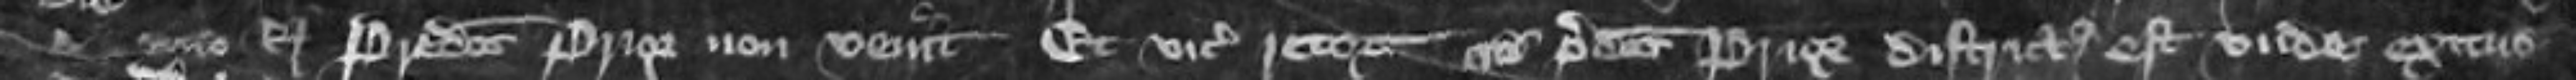
pro domino rege Predictus Prior non venit et vicecomes retornavit quod predictus Prior districtus est unde exitus